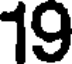
19